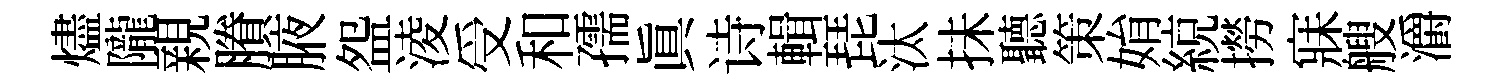
燼隴親賸腋盌淩受和孺真诗輯琵汰抺聽策姢綂撈寐艘灂